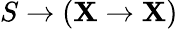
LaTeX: S\to(\mathbf{X}\to\mathbf{X})